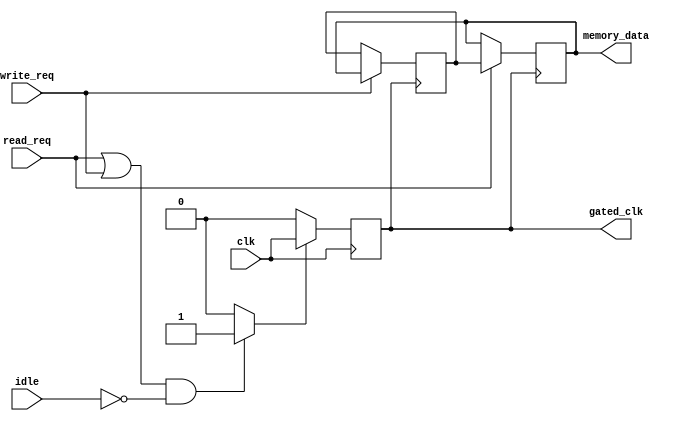
module dynamic_clock_gating (
    input wire clk,                // Main clock input
    input wire read_req,           // Read request signal
    input wire write_req,          // Write request signal
    input wire idle,               // Idle state indicator
    output wire gated_clk,         // Gated clock output for memory block
    output reg [7:0] memory_data   // Data output (8-bit for example)
);

// Clock Gating Control Logic
reg enable;                      // Enable signal for clock gating
always @(*) begin
    // Enable clock when there is a read or write request, or if not idle
    if ((read_req || write_req) && !idle) begin
        enable = 1'b1;  // Enable clock
    end else begin
        enable = 1'b0;  // Disable clock
    end
end

// Clock Gating Cell
reg gated_clk_internal;  // Internal gated clock signal
always @(posedge clk) begin
    if (enable) begin
        gated_clk_internal <= clk;  // Pass through the clock
    end else begin
        gated_clk_internal <= 1'b0;  // Gated clock is off
    end
end

assign gated_clk = gated_clk_internal;  // Assign the gated clock output

// Memory Block (simple SRAM-like behavior)
reg [7:0] memory [0:255];  // 256 x 8-bit memory

always @(posedge gated_clk) begin
    if (read_req) begin
        // Example: Read operation (simple read logic)
        memory_data <= memory[0];  // Read from address 0 (for demonstration)
    end
    if (write_req) begin
        // Example: Write operation (simple write logic)
        memory[0] <= memory_data;  // Write to address 0 (for demonstration)
    end
end

endmodule